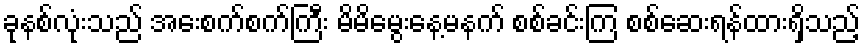
ခုနစ်လုံးသည် အေးစက်စက်ကြီး မိမိမွေးနေ့မနက် စစ်ခင်းကြ စစ်ဆေးရန်ထားရှိသည့်